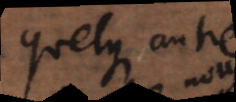
quelque autre.